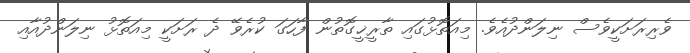
ވެރިރަށަކީވެސް ނިލަންދުއެވެ. މިއަތޮޅުގައި ތާރީޚީގޮތުން ފާހަގަ ކުރެވޭ ދެ ރަށަކީ މިއަތޮޅު ނިލަންދުއާއި